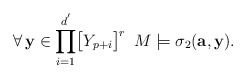
\begin{align*}\forall\,\mathbf{y}\in\displaystyle{\prod_{i=1}^{d^{'}}}\big{[}Y_{p+i}\big{]}^r\,\,\,M\models\sigma_2(\mathbf{a},\mathbf{y}).\end{align*}